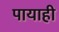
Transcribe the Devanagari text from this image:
पायाही